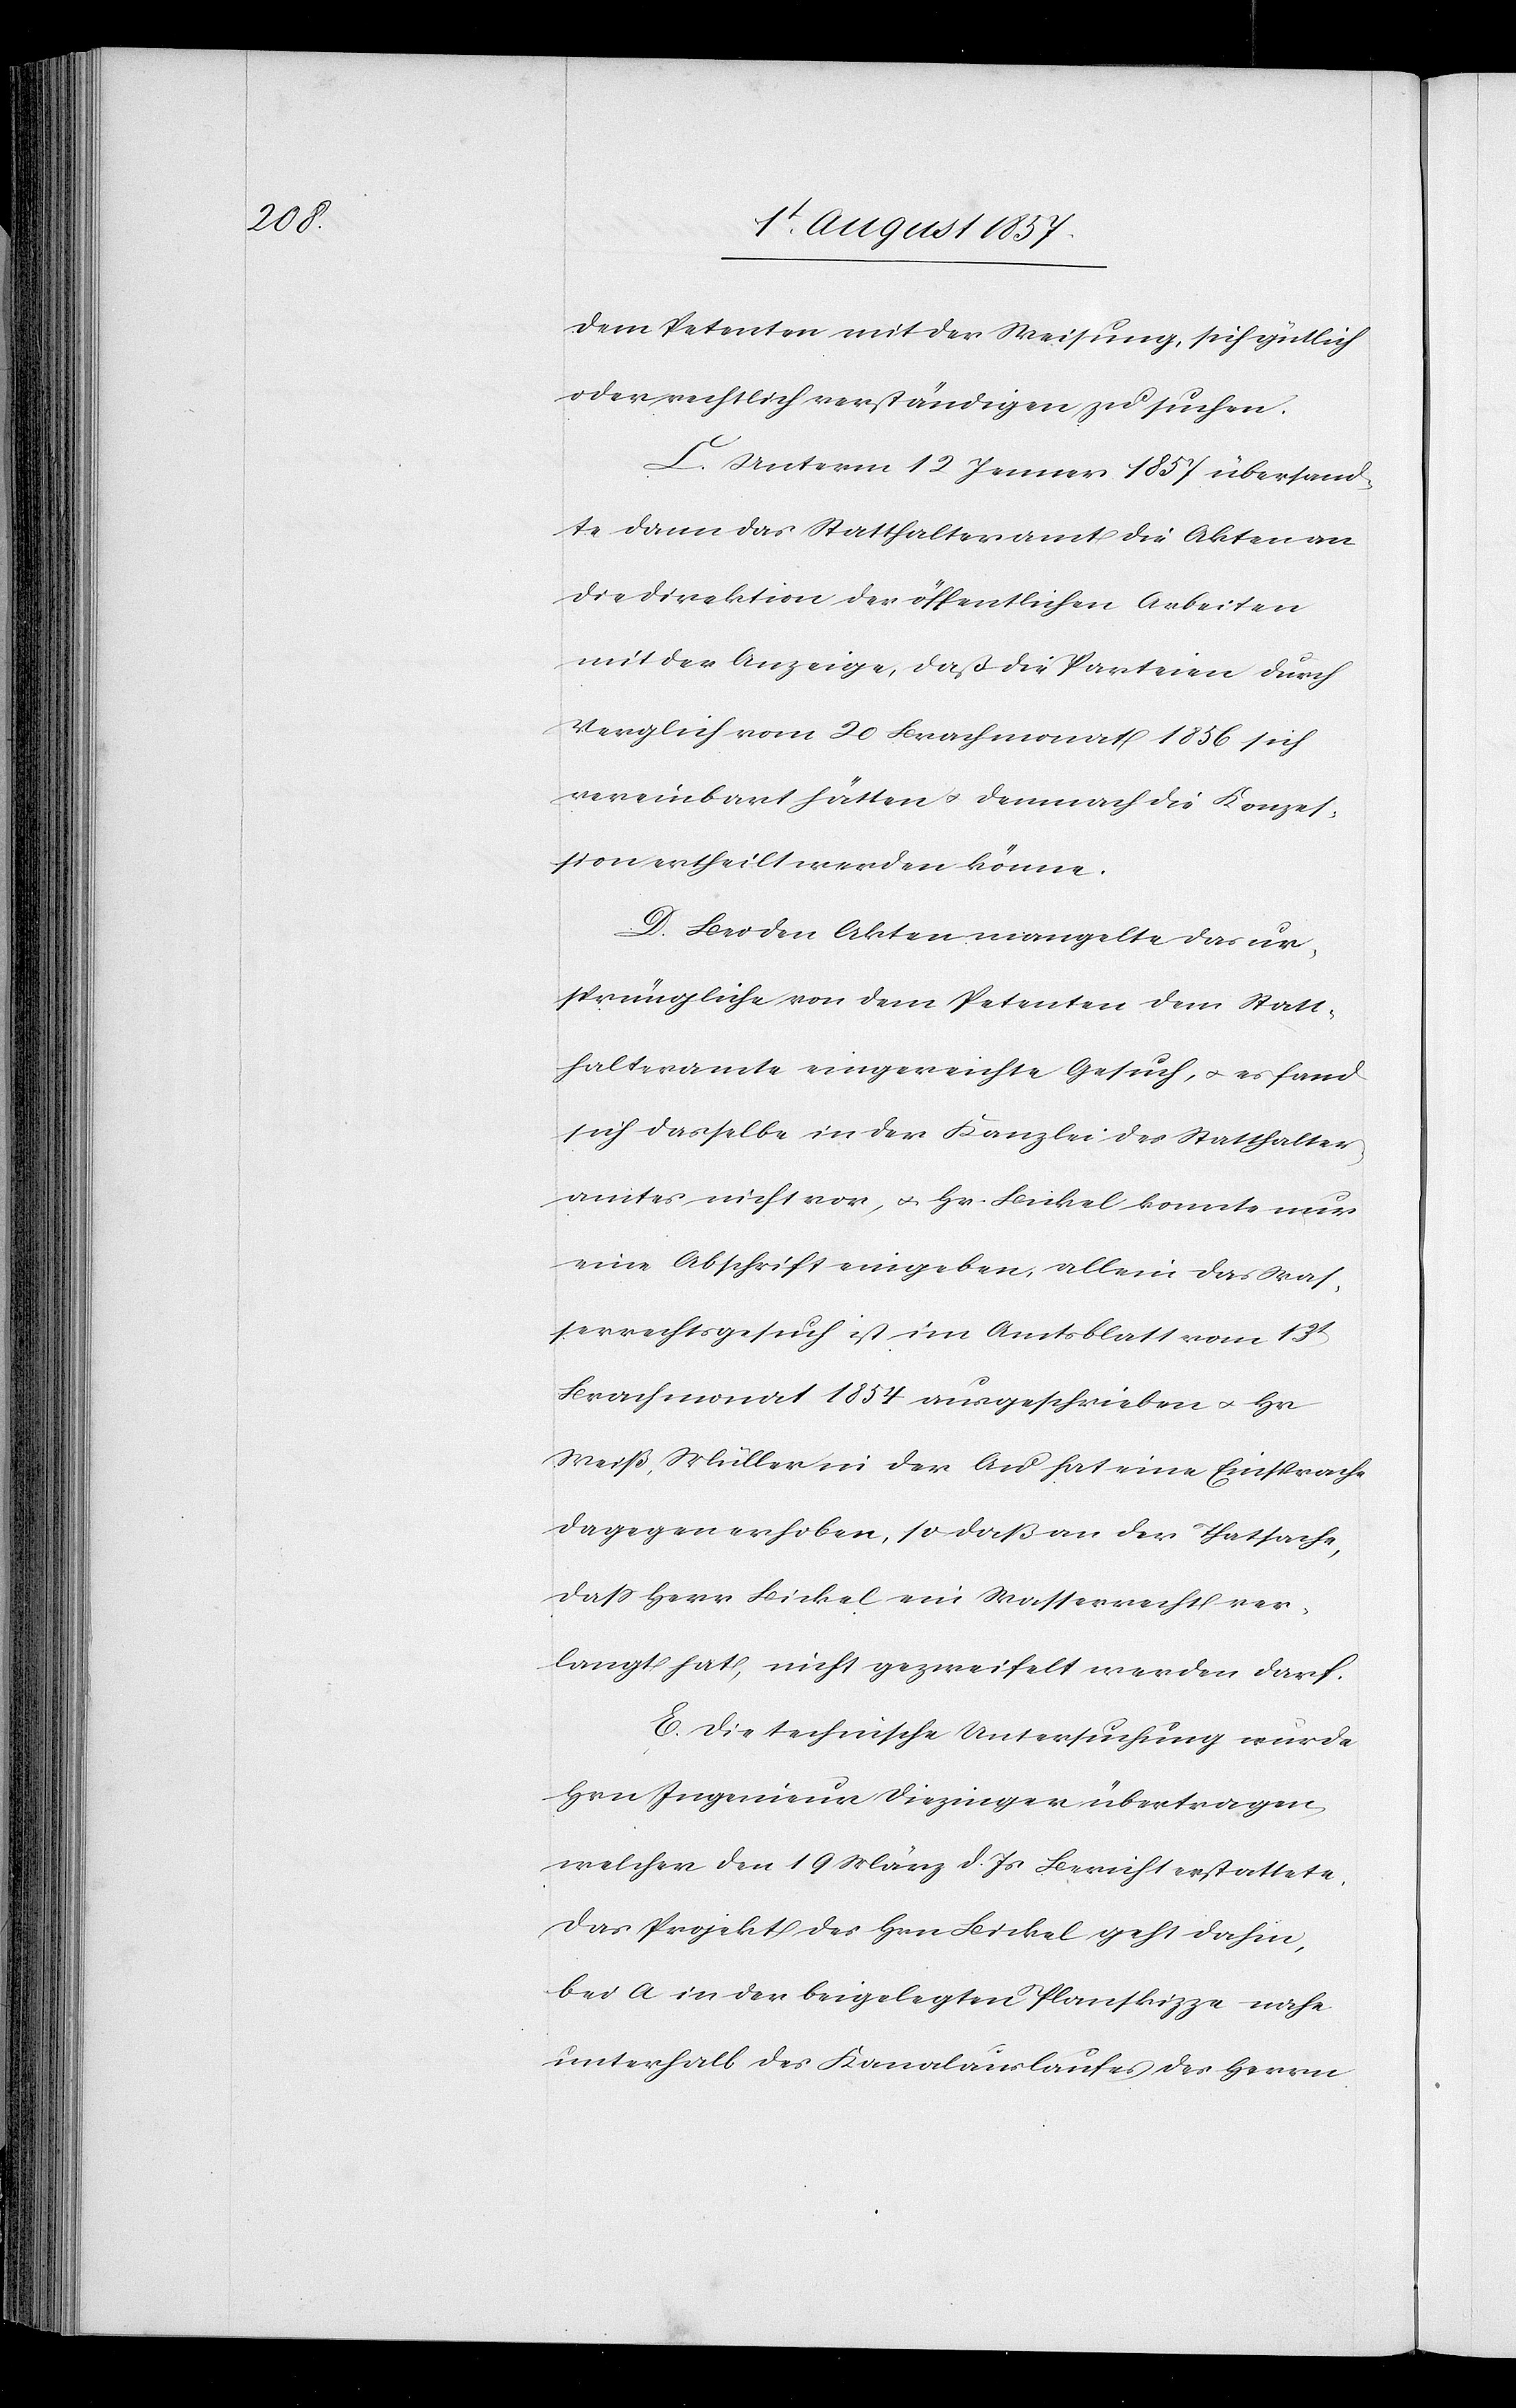
dem Petenten mit der Weisung, sich gütlich
oder rechtlich verständigen zu suchen.
C. Unterm 12 Jenner 1857 übersand¬
te dann das Statthalteramt die Akten an
die Direktion der öffentlichen Arbeiten
mit der Anzeige, daß die Parteien durch
Vergleich vom 20 Brachmonat 1856 sich
vereinbart hätten & demnach die Konzes¬
sion ertheilt werden könne.
D. Bei den Akten mangelte das ur¬
sprüngliche von dem Petenten dem Statt¬
halteramte eingereichte Gesuch, & es fand
sich dasselbe in der Kanzlei des Statthalter¬
amtes nicht vor, & Hr. Bickel konnte nur
eine Abschrift eingeben, allein das Was¬
serrechtsgesuch ist im Amtsblatt vom 13t
Brachmonat 1854 ausgeschrieben & Hr.
Weiß, Müller in der Au hat eine Einsprache
dagegen erhoben, so daß an der Thatsache,
daß Herr Bickel ein Wasserrecht ver¬
langt hat, nicht gezweifelt werden darf.
E. Die technische Untersuchung wurde
Hrn. Ingenieur Diezinger übertragen,
welcher den 19 März d. Js. Bericht erstattete:
Das Projekt des Hrn. Bickel geht dahin,
bei a in der beigelegten Planskizze nahe
unterhalb des Kanalauslaufes des Herrn